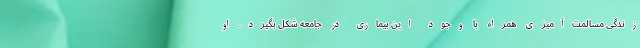
زندگی مسالمت‌آمیزی همراه با وجود این بیماری در جامعه شکل بگیرد. او